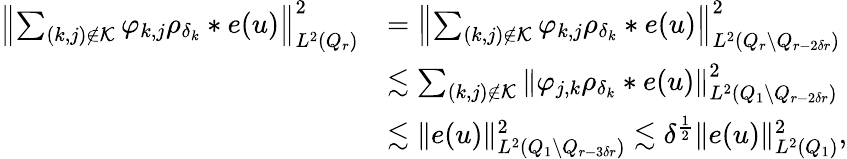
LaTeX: \begin{array}{rl}{\left\Vert\sum_{(k,j)\not\in{\mathcal K}}\varphi_{k,j}\rho_{\delta_{k}}*e(u)\right\Vert_{L^{2}(Q_{r})}^{2}}&{=\left\Vert\sum_{(k,j)\not\in{\mathcal K}}\varphi_{k,j}\rho_{\delta_{k}}*e(u)\right\Vert_{L^{2}(Q_{r}\setminus Q_{r-2\delta r})}^{2}}\\ &{\lesssim\sum_{(k,j)\not\in{\mathcal K}}\left\| \varphi_{j,k}\rho_{\delta_{k}}*e(u)\right\| _{L^{2}(Q_{1}\setminus Q_{r-2\delta r})}^{2}}\\ &{\lesssim\| e(u)\| _{L^{2}(Q_{1}\setminus Q_{r-3\delta r})}^{2}\lesssim\delta^{\frac{1}{2}}\| e(u)\| _{L^{2}(Q_{1})}^{2},}\end{array}